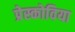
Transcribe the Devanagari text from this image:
प्रेस्कोविया